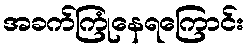
အခက်ကြုံနေရကြောင်း